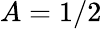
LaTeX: A=1/2